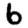
Digit: 6